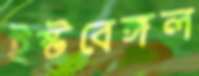
ইষ্টবেঙ্গল